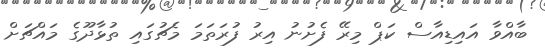
ބާއްވާ އައިޑިއާސް ކަޕް މިރޭ ފެށުނު އިރު ފުރަތަމަ މެޗުގައި ތުޅާދޫގެ މައްޗަށް